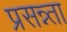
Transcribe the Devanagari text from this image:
प्रसन्न्ता